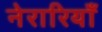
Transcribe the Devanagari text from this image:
नेरारियाँ